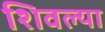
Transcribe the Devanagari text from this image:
शिवल्या